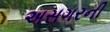
અસગરની